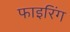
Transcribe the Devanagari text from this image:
फाइरिंग